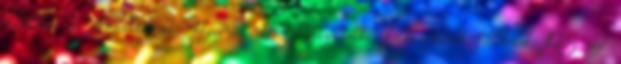
elküldted az olvasólistádat. Használtautók Szolgáltatás Felhasználási feltételek IOS app